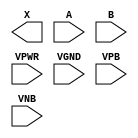
module sky130_fd_sc_ls__and2 (
    X   ,
    A   ,
    B   ,
    VPWR,
    VGND,
    VPB ,
    VNB
);

    output X   ;
    input  A   ;
    input  B   ;
    input  VPWR;
    input  VGND;
    input  VPB ;
    input  VNB ;
endmodule